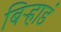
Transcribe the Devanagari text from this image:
बिऱ्हाडं